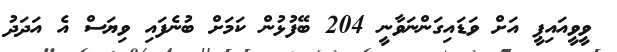
ވީވީއައިޕީ އަށް ވަޑައިގަންނަވާނީ 204 ބޭފުޅުން ކަމަށް ބުނެފައި ވިޔަސް އެ އަދަދު